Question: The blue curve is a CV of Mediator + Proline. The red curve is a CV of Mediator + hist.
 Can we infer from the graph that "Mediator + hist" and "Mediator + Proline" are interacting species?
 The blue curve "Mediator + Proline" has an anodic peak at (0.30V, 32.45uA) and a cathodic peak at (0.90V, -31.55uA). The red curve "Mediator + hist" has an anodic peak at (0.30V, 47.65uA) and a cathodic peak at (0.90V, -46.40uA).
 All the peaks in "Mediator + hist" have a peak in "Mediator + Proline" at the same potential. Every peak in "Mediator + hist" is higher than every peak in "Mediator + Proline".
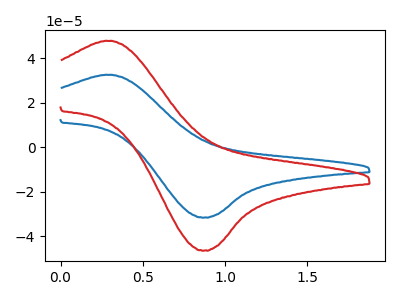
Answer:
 <answer>No, "Mediator + hist" and "Mediator + Proline" don't appear to be significantly different in shape</answer>
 <eval>no_change</eval>